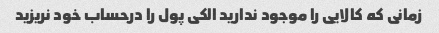
زمانی که کالایی را موجود ندارید الکی پول را درحساب خود نریزید